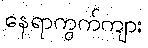
နေရာကွက်ကျား